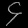
Digit: ၄